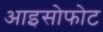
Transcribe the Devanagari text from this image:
आइसोफोट